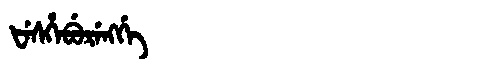
Manchu: ᡶᡝᠰᡥᡝᠪᡠᡵᡝᠩᡤᡝ
Romanization: FESHEBURENGGE